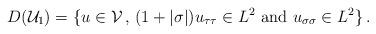
LaTeX: \begin{align*}D(\mathcal U_1)= \{u\in \mathcal V\,,\, (1+|\sigma|)u_{\tau\tau} \in L^2\mbox{ and } u_{\sigma\sigma} \in L^2\}\,.\end{align*}